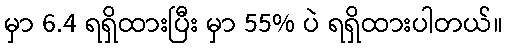
မှာ 6.4 ရရှိထားပြီး မှာ 55% ပဲ ရရှိထားပါတယ်။